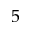
^ 5